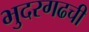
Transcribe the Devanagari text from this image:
भुदरगढची